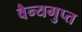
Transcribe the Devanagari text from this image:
वैन्यगुप्त